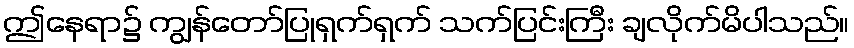
ဤနေရာ၌ ကျွန်တော်ပြုရှက်ရှက် သက်ပြင်းကြီး ချလိုက်မိပါသည်။